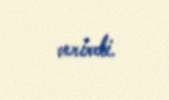
verirdi.